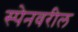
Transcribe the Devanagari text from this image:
स्पेनवरील